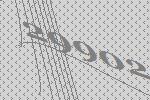
29902